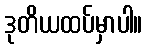
ဒုတိယထပ်မှာပါ။